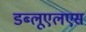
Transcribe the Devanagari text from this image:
डब्लूएलएस